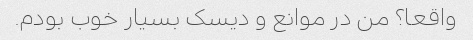
واقعا؟ من در موانع و دیسک بسیار خوب بودم.